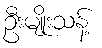
ဦးမျိုးသန့်